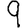
Digit: 9